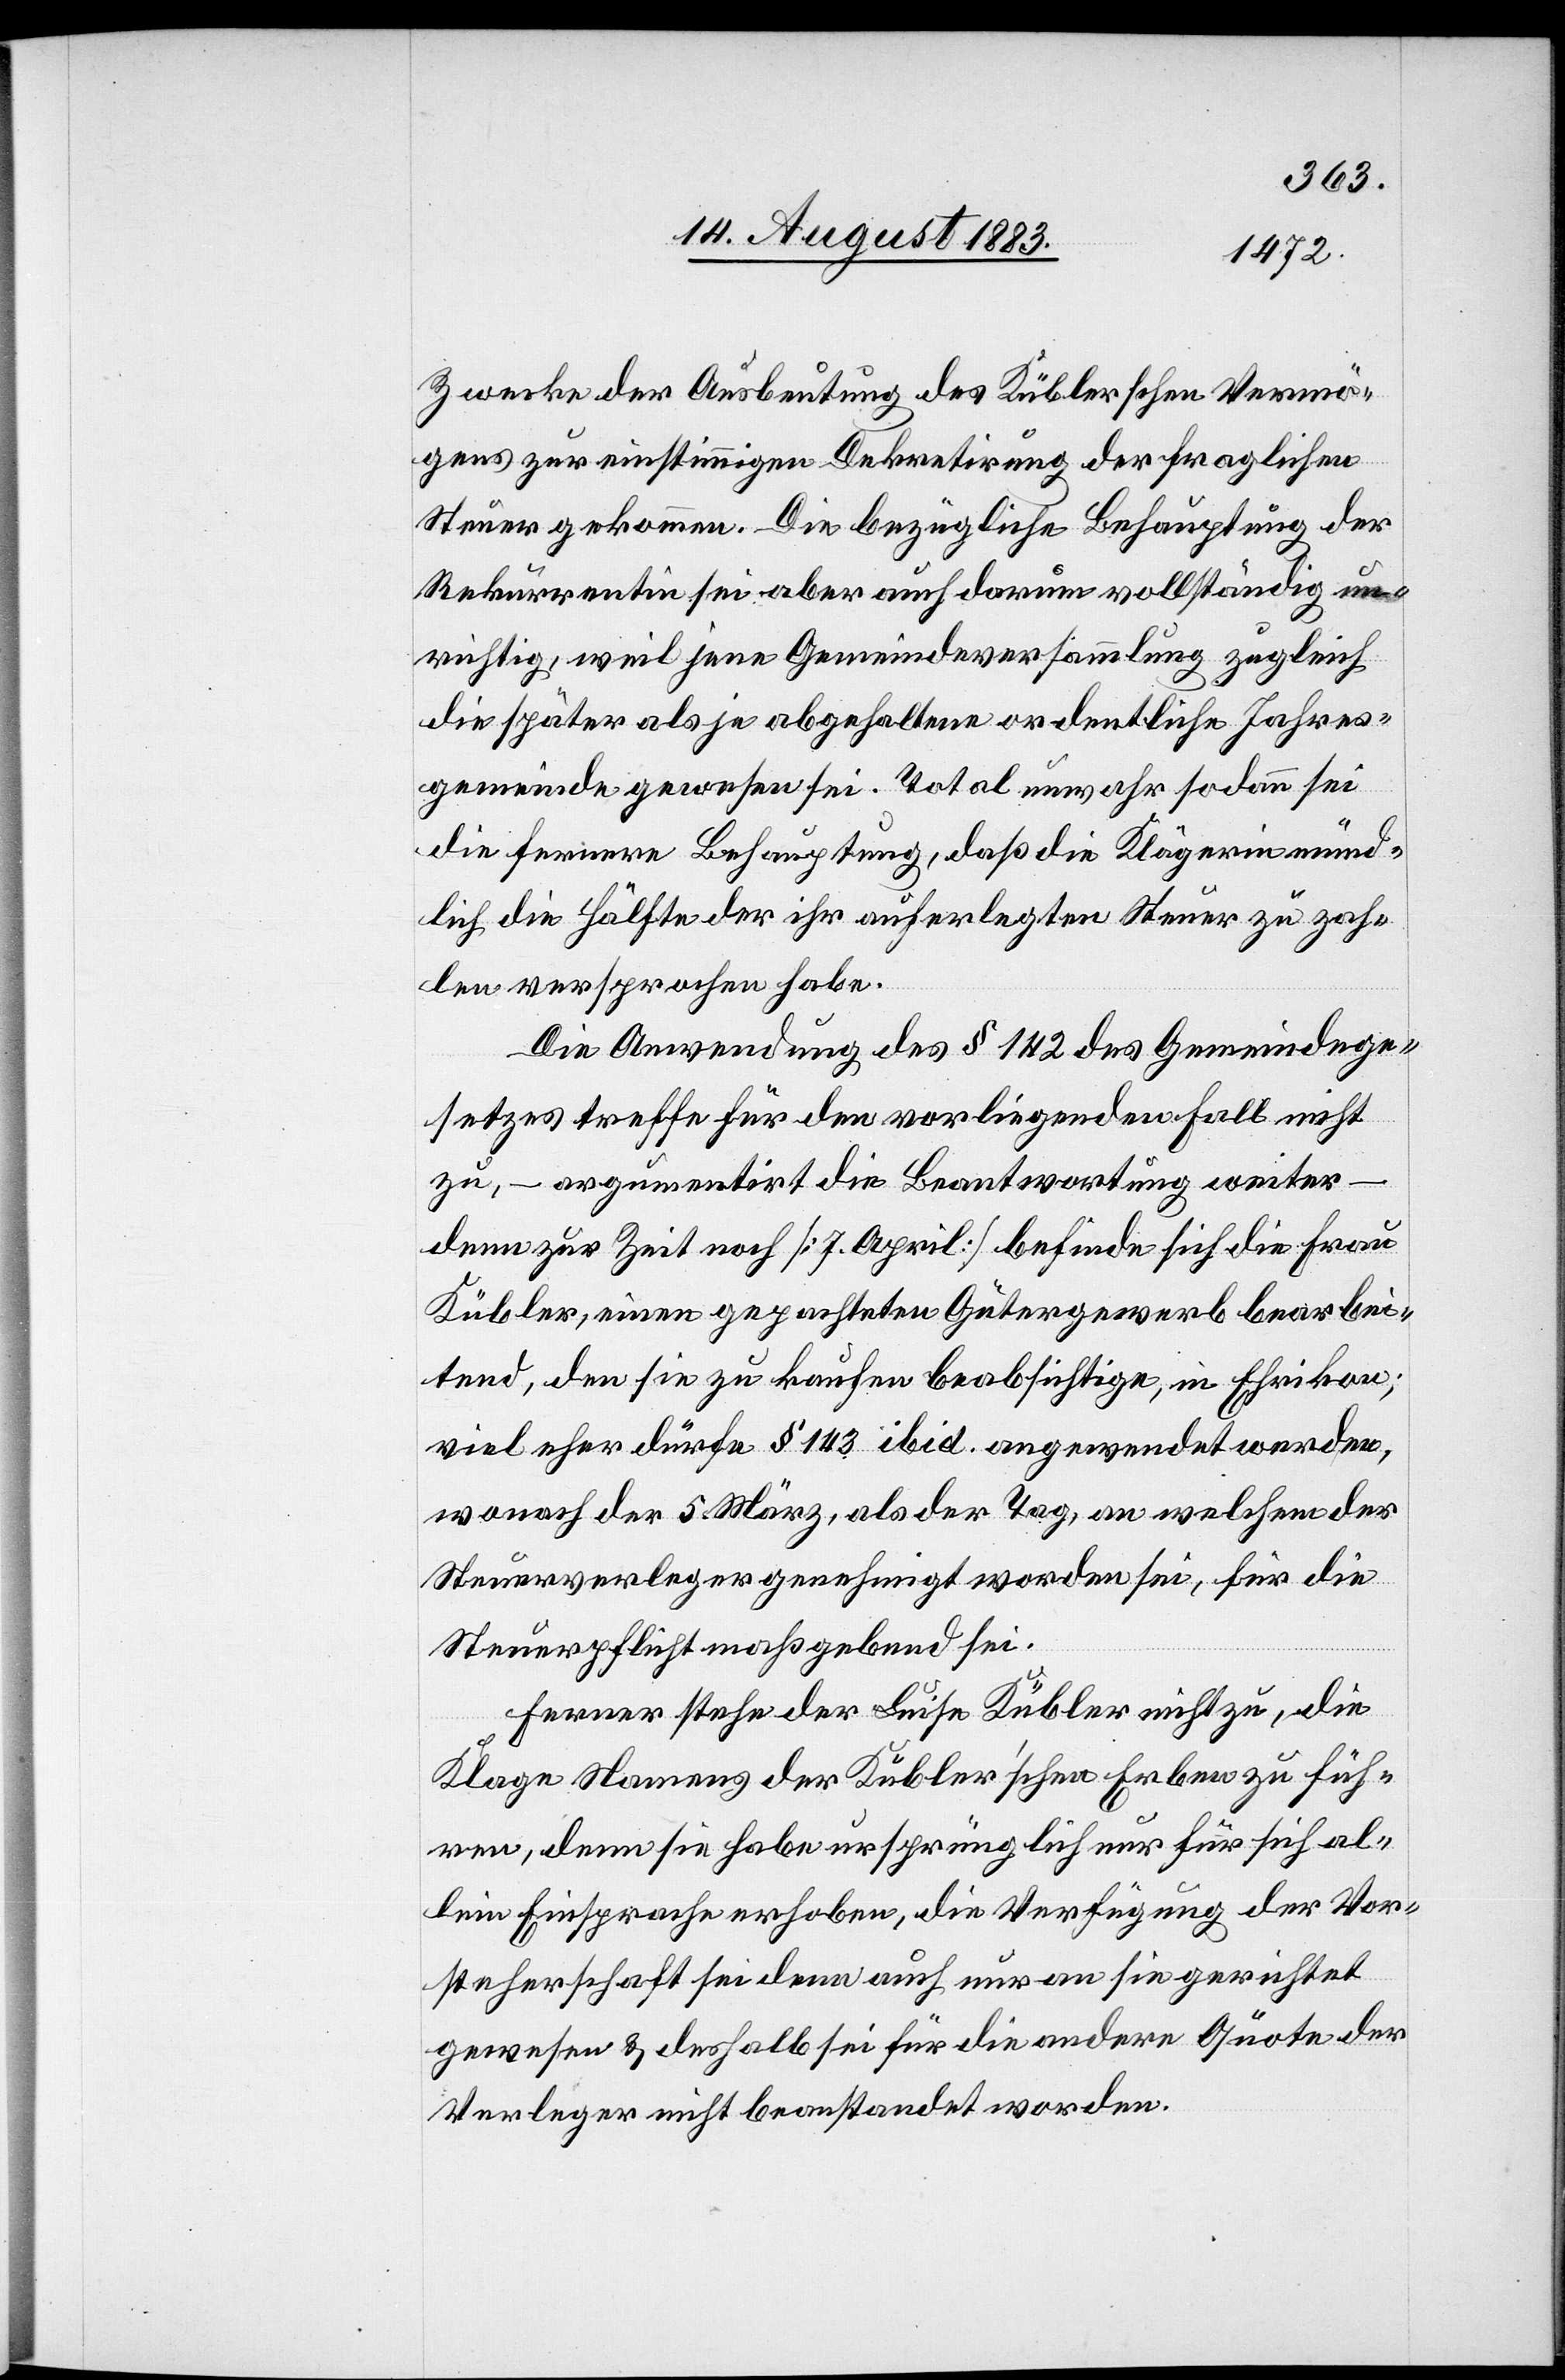
Zwecke der Ausbeutung des Küblerschen Vermö¬
gens zur einstimmigen Dekretirung der fraglichen
Steuer gekommen. Die bezügliche Behauptung der
Rekurrentin sei aber auch darum vollständig un¬
richtig, weil jene Gemeindeversammlung zugleich
die später als je abgehaltene ordentliche Jahres¬
gemeinde gewesen sei. Total unwahr sodann sei
die fernere Behauptung, daß die Klägerin münd¬
lich die Hälfte der ihr auferlegten Steuer zu zah¬
len versprochen habe.
Die Anwendung des § 142 des Gemeindege¬
setzes treffe für den vorliegenden Fall nicht
zu, – argumentirt die Beantwortung weiter –
denn zur Zeit noch [7. April] befinde sich die Frau
Kübler, einen gepachteten Gütergewerb [sic!] bearbei¬
tend, den sie zu kaufen beabsichtige, in Ehrikon;
viel eher dürfe § 142 ibid. angewendet werden,
wonach der 5. März, als der Tag, an welchem der
Steuerverleger genehmigt worden sei, für die
Steuerpflicht maßgebend sei.
Ferner stehe der Luise Kübler nicht zu, die
Klage Namens der Kübler’schen Erben zu füh¬
ren, denn sie habe ursprünglich nur für sich al¬
lein Einsprache erhoben, die Verfügung der Vor¬
steherschaft sei dann auch nur an sie gerichtet
gewesen & deshalb sei für die andere Quote der
Verleger nicht beanstandet worden.